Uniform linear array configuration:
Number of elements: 8
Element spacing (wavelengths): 0.75
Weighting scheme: binomial
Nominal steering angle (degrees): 0
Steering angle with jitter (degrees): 0.6526
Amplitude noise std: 0.05
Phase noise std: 0.05

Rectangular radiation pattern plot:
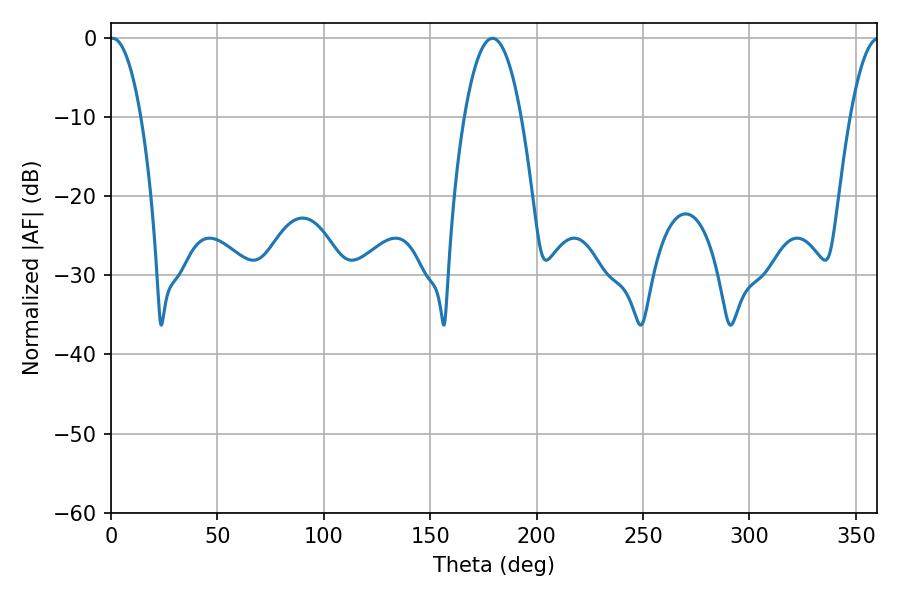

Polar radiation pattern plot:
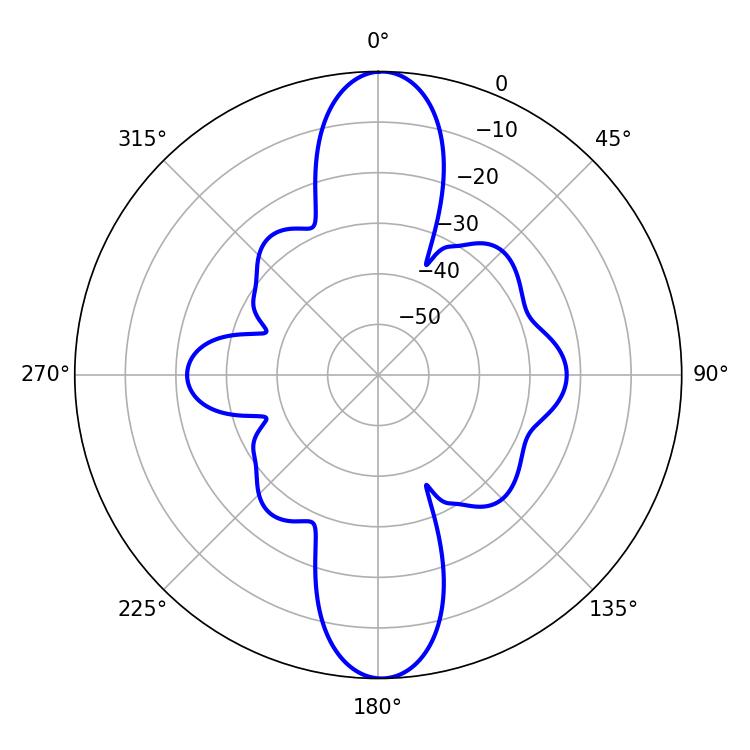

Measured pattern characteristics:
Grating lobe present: TRUE
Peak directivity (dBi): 24.421
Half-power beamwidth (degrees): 8.1
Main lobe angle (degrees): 0.72